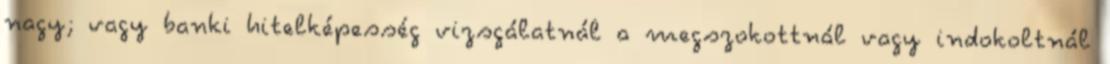
nagy; vagy banki hitelképesség vizsgálatnál a megszokottnál vagy indokoltnál